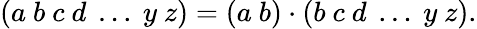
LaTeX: (a~b~c~d~\ldots~y~z)=(a~b)\cdot(b~c~d~\ldots~y~z).